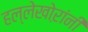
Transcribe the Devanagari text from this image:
हल्लेखोऱांनी